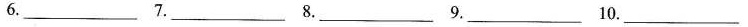
1._ 2._ 3._4._5.